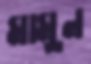
মামুন